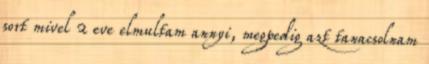
sort mivel 2 eve elmultam annyi, megpedig azt tanacsolnam